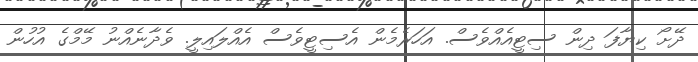
ދޭށޯ ކިޔާފަ ދިން ސިޓީއެއްވެސް. އަހަރެމެން އެސިޓީވެސް އެއްލައިލީ. ވެދާނެއްނު މޭމްގެ އުހުން